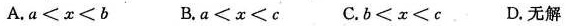
A.$$a < x < b$$ B.$$a < x < c$$ C.$$b < x < c$$. D.无解